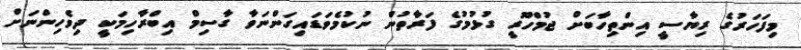
މިފަހަރުގެ ރިޔާސީ އިންތިހާބަށް ޖުމްހޫރީ ގުޅުމުގެ ފަރާތުން ނުކުމެވަޑައިގަންނަވާ ގާސިމް އިބްރާހިމަކީ ދިވެހިންނަށް